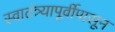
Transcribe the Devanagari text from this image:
स्वातंत्र्यापूर्वीपासून